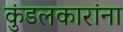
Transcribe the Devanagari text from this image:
कुंडलकारांना